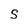
Character: S